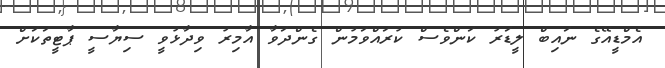
އެމްޑީއޭގެ ނައިބް ލީޑަރު ކަންވެސް ކުރައްވަމުން ގެންދަވާ އާމިރު ވިދާޅުވީ ސިޔާސީ ޕާޓީތަކަށް